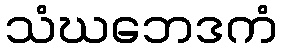
သံဃဘေဒကံ